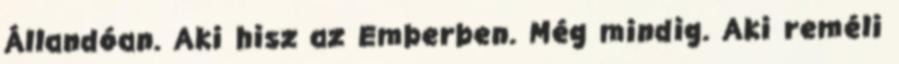
Állandóan. Aki hisz az Emberben. Még mindig. Aki reméli